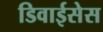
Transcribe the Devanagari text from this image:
डिवाईसेस